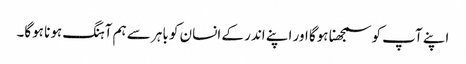
اپنے آپ کو سمجھنا ہوگا اور اپنے اندر کے انسان کو باہر سے ہم آہنگ ہونا ہوگا۔